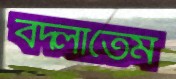
বদ্‌লাতেম